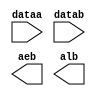
// megafunction wizard: %LPM_COMPARE%VBB%
// GENERATION: STANDARD
// VERSION: WM1.0
// MODULE: lpm_compare 

// ============================================================
// Megafunction Name(s):
// 			lpm_compare
//
// Simulation Library Files(s):
// 			lpm
// ============================================================
// ************************************************************
// THIS IS A WIZARD-GENERATED FILE. DO NOT EDIT THIS FILE!
//
// 9.0 Build 132 02/25/2009 SJ Web Edition
// ************************************************************

//Copyright (C) 1991-2009 Altera Corporation
//Your use of Altera Corporation's design tools, logic functions 
//and other software and tools, and its AMPP partner logic 
//functions, and any output files from any of the foregoing 
//(including device programming or simulation files), and any 
//associated documentation or information are expressly subject 
//to the terms and conditions of the Altera Program License 
//Subscription Agreement, Altera MegaCore Function License 
//Agreement, or other applicable license agreement, including, 
//without limitation, that your use is for the sole purpose of 
//programming logic devices manufactured by Altera and sold by 
//Altera or its authorized distributors.  Please refer to the 
//applicable agreement for further details.

module comp_cu (
	dataa,
	datab,
	aeb,
	alb);

	input	[31:0]  dataa;
	input	[31:0]  datab;
	output	  aeb;
	output	  alb;

endmodule

// ============================================================
// CNX file retrieval info
// ============================================================
// Retrieval info: PRIVATE: AeqB NUMERIC "1"
// Retrieval info: PRIVATE: AgeB NUMERIC "0"
// Retrieval info: PRIVATE: AgtB NUMERIC "0"
// Retrieval info: PRIVATE: AleB NUMERIC "0"
// Retrieval info: PRIVATE: AltB NUMERIC "1"
// Retrieval info: PRIVATE: AneB NUMERIC "0"
// Retrieval info: PRIVATE: INTENDED_DEVICE_FAMILY STRING "Stratix II"
// Retrieval info: PRIVATE: LPM_PIPELINE NUMERIC "0"
// Retrieval info: PRIVATE: Latency NUMERIC "0"
// Retrieval info: PRIVATE: PortBValue NUMERIC "0"
// Retrieval info: PRIVATE: Radix NUMERIC "10"
// Retrieval info: PRIVATE: SYNTH_WRAPPER_GEN_POSTFIX STRING "0"
// Retrieval info: PRIVATE: SignedCompare NUMERIC "0"
// Retrieval info: PRIVATE: aclr NUMERIC "0"
// Retrieval info: PRIVATE: clken NUMERIC "0"
// Retrieval info: PRIVATE: isPortBConstant NUMERIC "0"
// Retrieval info: PRIVATE: nBit NUMERIC "32"
// Retrieval info: CONSTANT: LPM_REPRESENTATION STRING "UNSIGNED"
// Retrieval info: CONSTANT: LPM_TYPE STRING "LPM_COMPARE"
// Retrieval info: CONSTANT: LPM_WIDTH NUMERIC "32"
// Retrieval info: USED_PORT: AeB 0 0 0 0 OUTPUT NODEFVAL AeB
// Retrieval info: USED_PORT: AlB 0 0 0 0 OUTPUT NODEFVAL AlB
// Retrieval info: USED_PORT: dataa 0 0 32 0 INPUT NODEFVAL dataa[31..0]
// Retrieval info: USED_PORT: datab 0 0 32 0 INPUT NODEFVAL datab[31..0]
// Retrieval info: CONNECT: AeB 0 0 0 0 @AeB 0 0 0 0
// Retrieval info: CONNECT: AlB 0 0 0 0 @AlB 0 0 0 0
// Retrieval info: CONNECT: @dataa 0 0 32 0 dataa 0 0 32 0
// Retrieval info: CONNECT: @datab 0 0 32 0 datab 0 0 32 0
// Retrieval info: LIBRARY: lpm lpm.lpm_components.all
// Retrieval info: GEN_FILE: TYPE_NORMAL comp_cu.v TRUE
// Retrieval info: GEN_FILE: TYPE_NORMAL comp_cu.inc TRUE
// Retrieval info: GEN_FILE: TYPE_NORMAL comp_cu.cmp FALSE
// Retrieval info: GEN_FILE: TYPE_NORMAL comp_cu.bsf TRUE FALSE
// Retrieval info: GEN_FILE: TYPE_NORMAL comp_cu_inst.v FALSE
// Retrieval info: GEN_FILE: TYPE_NORMAL comp_cu_bb.v TRUE
// Retrieval info: GEN_FILE: TYPE_NORMAL comp_cu_waveforms.html TRUE
// Retrieval info: GEN_FILE: TYPE_NORMAL comp_cu_wave*.jpg FALSE
// Retrieval info: LIB_FILE: lpm